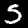
Label: 5